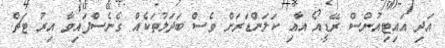
އަދި އައިޓިއުންސް ރޭޑީއޯ އާއި ކަލަންޑަރަށް ވެސް ބަދަލުތަކެއް ގެނެސްފައިވާ އިރު ޓަޗް